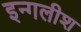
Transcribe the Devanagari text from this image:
इन्गलीश